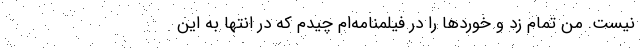
نیست. من تمام زد و خوردها را در فیلمنامه‌ام چیدم که در انتها به این